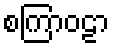
စကြာဝဠာ